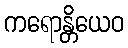
ကရောန္တိယေဝ